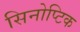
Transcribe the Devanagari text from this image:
सिनोप्टिक